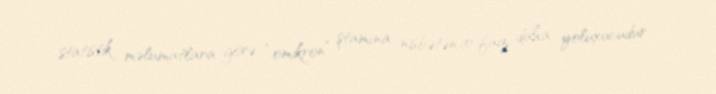
statistik məlumatlara görə “omikron” ştamına nisbətən 10 faiz daha yoluxucudur.